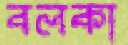
বলকা